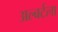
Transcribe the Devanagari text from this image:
अल्बर्टला